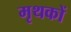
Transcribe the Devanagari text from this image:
मृथकों